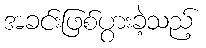
အခင်းဖြစ်ပွားခဲ့သည့်